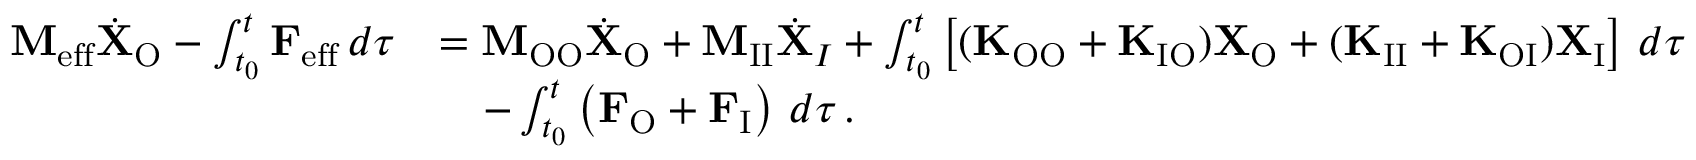
\begin{array} { r l } { \mathbf { M } _ { \mathrm { e f f } } \dot { \mathbf { X } } _ { \mathrm { O } } - \int _ { t _ { 0 } } ^ { t } \mathbf { F } _ { \mathrm { e f f } } \, d \tau } & { = \mathbf { M } _ { \mathrm { O O } } \dot { \mathbf { X } } _ { \mathrm { O } } + \mathbf { M } _ { \mathrm { I I } } \dot { \mathbf { X } } _ { I } + \int _ { t _ { 0 } } ^ { t } \left[ ( \mathbf { K } _ { \mathrm { O O } } + \mathbf { K } _ { \mathrm { I O } } ) \mathbf { X } _ { \mathrm { O } } + ( \mathbf { K } _ { \mathrm { I I } } + \mathbf { K } _ { \mathrm { O I } } ) \mathbf { X } _ { \mathrm { I } } \right] \, d \tau } \\ & { \quad - \int _ { t _ { 0 } } ^ { t } \left( \mathbf { F } _ { \mathrm { O } } + \mathbf { F } _ { \mathrm { I } } \right) \, d \tau \, . } \end{array}